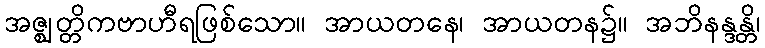
အဇ္ဈတ္တိကဗာဟီရဖြစ်သော။ အာယတနေ၊ အာယတန၌။ အဘိနန္ဒန္တိ၊